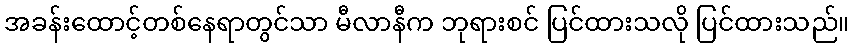
အခန်းထောင့်တစ်နေရာတွင်သာ မီလာနီက ဘုရားစင် ပြင်ထားသလို ပြင်ထားသည်။